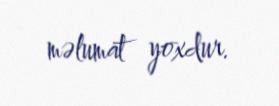
məlumat yoxdur.